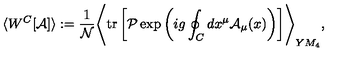
\langle W ^ { C } [ { \cal A } ] \rangle : = { \frac { 1 } { \cal N } } \Biggr \langle \mathrm { t r } \left[ { \cal P } \exp \left( i g \oint _ { C } d x ^ { \mu } { \cal A } _ { \mu } ( x ) \right) \right] \Biggr \rangle _ { Y M _ { 4 } } ,